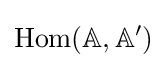
{\text{Hom}}(\mathbb {A} ,\mathbb {A} ')